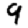
Digit: 9